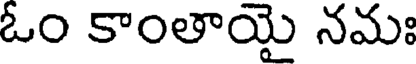
ఓం కాంతాయై నమః